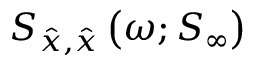
S _ { \hat { x } , \hat { x } } \left( \omega ; S _ { \infty } \right)